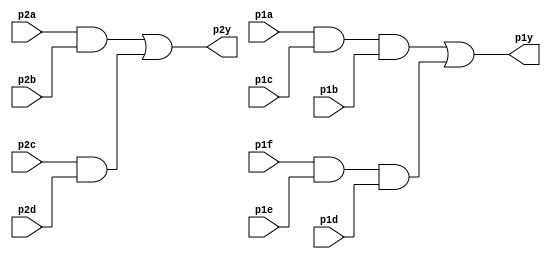
module top_module ( 
    input p1a, p1b, p1c, p1d, p1e, p1f,
    output p1y,
    input p2a, p2b, p2c, p2d,
    output p2y );
    wire and1,and2,and3,and4;
    
    assign and1 = p2a & p2b;
    assign and2 = p2c & p2d;
    assign p2y = and1 | and2;
    
    assign and3 = p1a & p1c & p1b;
    assign and4 = p1f & p1e & p1d;
    assign p1y = and3 | and4;
    
endmodule